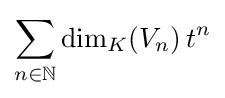
\sum _{n\in \mathbb {N} }\dim _{K}(V_{n})\,t^{n}